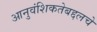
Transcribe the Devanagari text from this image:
आनुवंशिकतेबद्दलचे